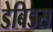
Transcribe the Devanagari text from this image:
डेबिडस